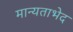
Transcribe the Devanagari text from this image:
मान्यताभेद